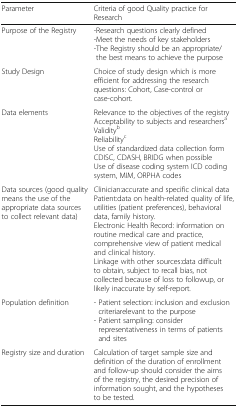
| Parameter | Criteria of good Quality practice for Research |
 | --- | --- |
 | Purpose of the Registry | -Research questions clearly defined-Meet the needs of key stakeholders-The Registry should be an appropriate/the best means to achieve the purpose |
 | Study Design | Choice of study design which is more efficient for addressing the research questions: Cohort, Case-control or case-cohort. |
 | Data elements | Relevance to the objectives of the registryAcceptability to subjects and researchersaValiditybReliabilitycUse of standardized data collection form CDISC, CDASH, BRIDG when possibleUse of disease coding system ICD coding system, MIM, ORPHA codes |
 | Data sources (good quality means the use of the appropriate data sources to collect relevant data) | Clinician:accurate and specific clinical dataPatient:data on health-related quality of life, utilities (patient preferences), behavioral data, family history.Electronic Health Record: information on routine medical care and practice, comprehensive view of patient medical and clinical history.Linkage with other sources:data difficult to obtain, subject to recall bias, not collected because of loss to followup, or likely inaccurate by self-report. |
 | Population definition | - Patient selection: inclusion and exclusion criteriarelevant to the purpose- Patient sampling: consider representativeness in terms of patients and sites |
 | Registry size and duration | Calculation of target sample size and definition of the duration of enrollment and follow-up should consider the aims of the registry, the desired precision of information sought, and the hypotheses to be tested. |